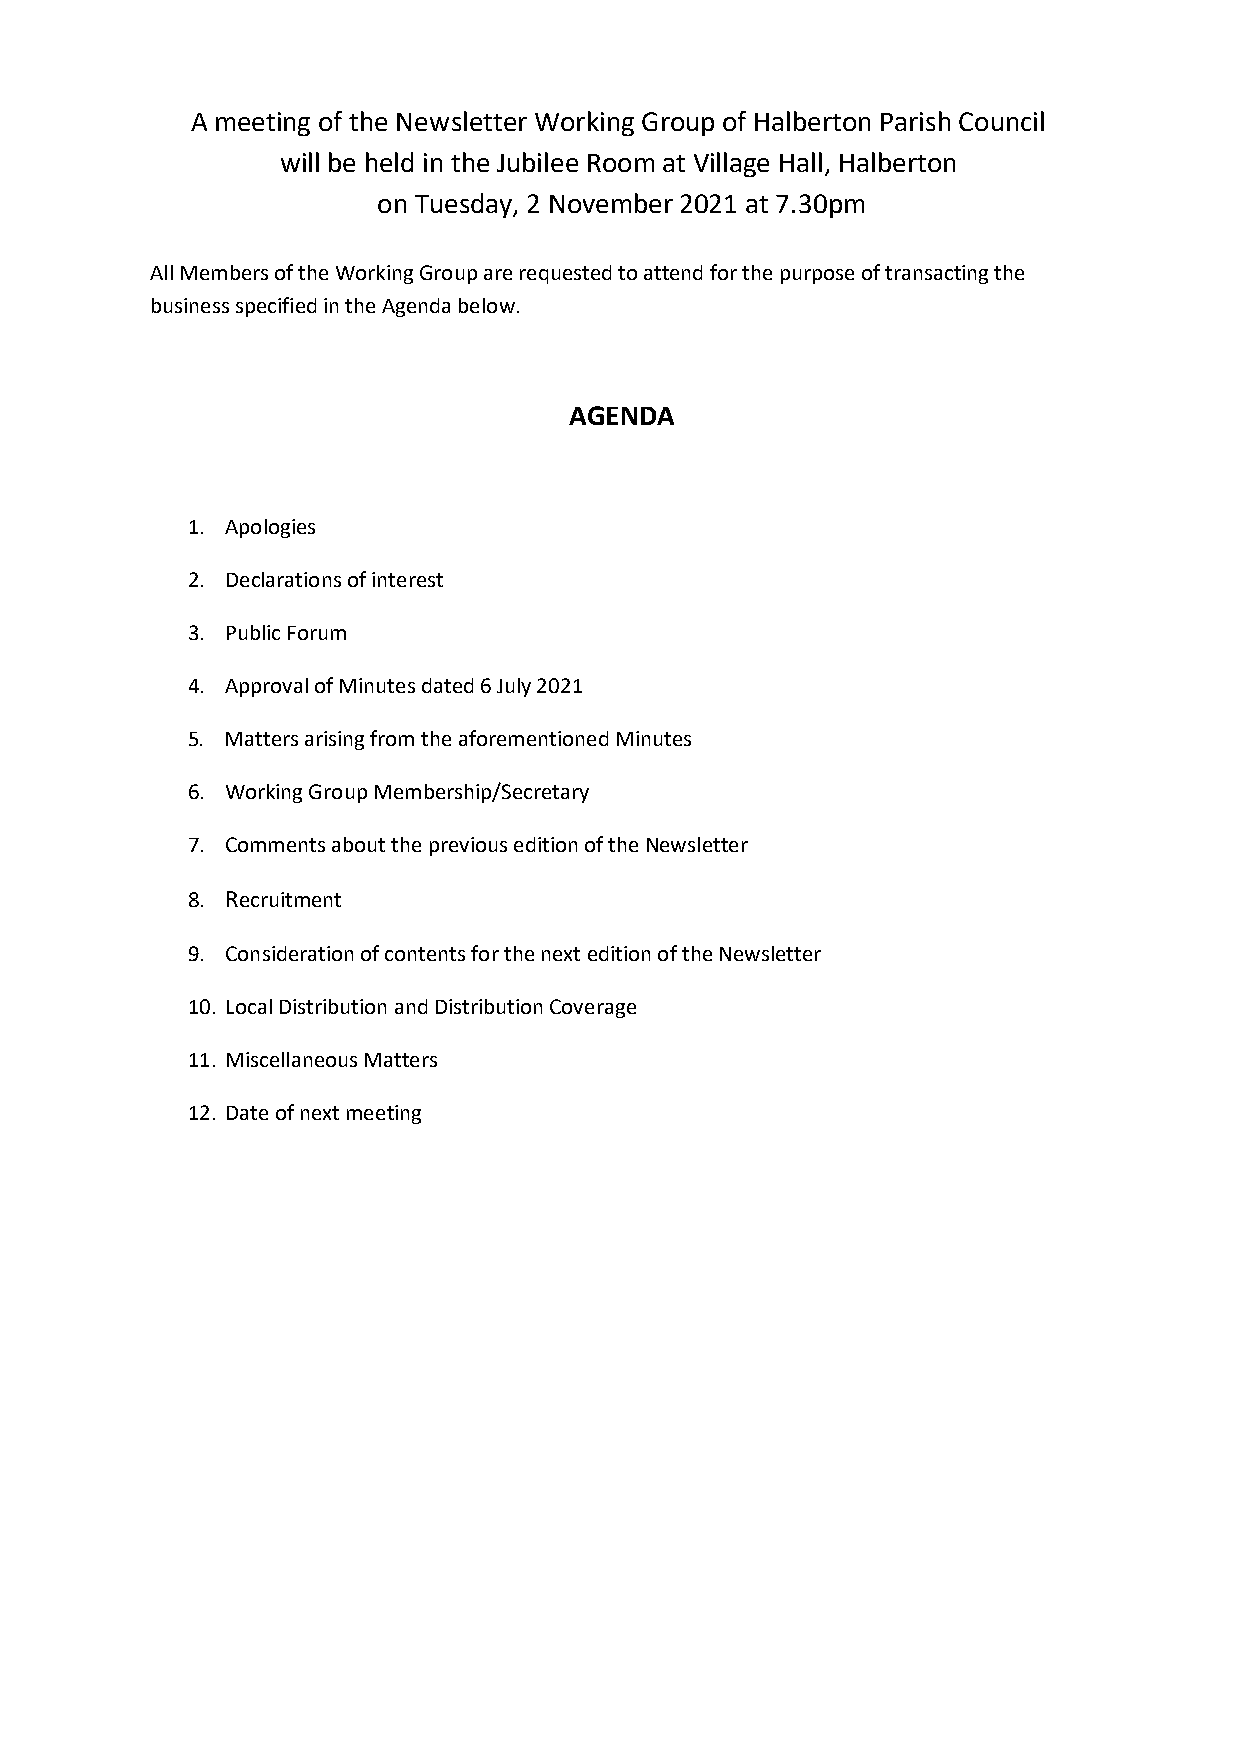
A meeting of the Newsletter Working Group of Halberton Parish Council
 will be held in the Jubilee Room at Village Hall, Halberton
 on Tuesday, 2 November 2021 at 7.30pm
 All Members of the Working Group are requested to attend for the purpose of transacting the
 business specified in the Agenda below.
 AGENDA
 1. Apologies
 2. Declarations of interest
 3. Public Forum
 4. Approval of Minutes dated 6 July 2021
 5. Matters arising from the aforementioned Minutes
 6. Working Group Membership/Secretary
 7. Comments about the previous edition of the Newsletter
 8. Recruitment
 9. Consideration of contents for the next edition of the Newsletter
 10. Local Distribution and Distribution Coverage
 11. Miscellaneous Matters
 12. Date of next meeting